Vaccination in Bombay 1889-1901 - 1889-1901
Year: 1889
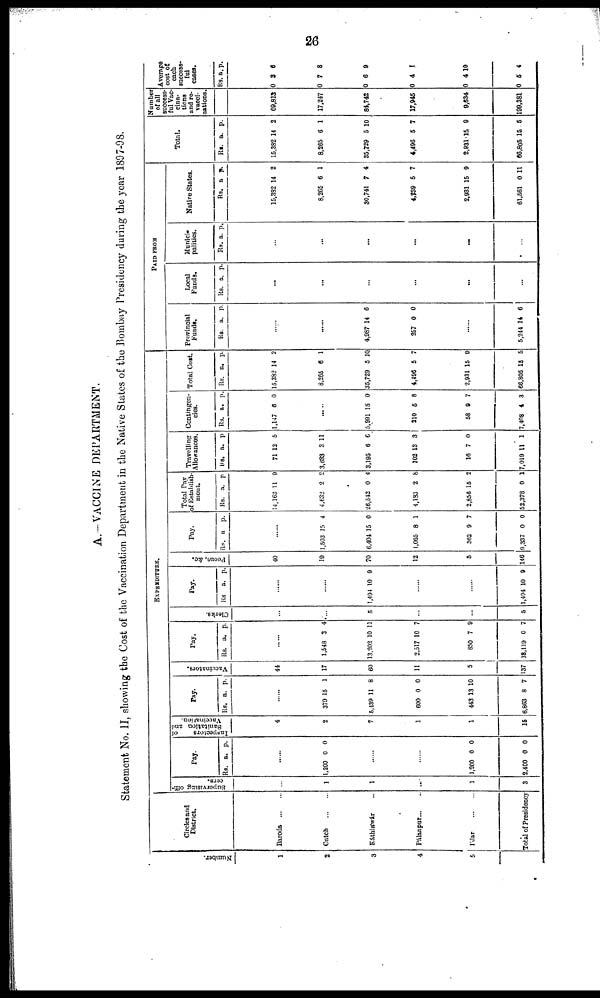
26
A.—VACCINE DEPARTMENT.
Statement No. II, showing the Cost of the Vaccination Department in the Native States of the Bombay Presidency during the year 1897-98.
Number.
1
2
3
4
5
Circles and
District.
Baroda
...
...
Cutch
...
...
Káthiáwár ...
Pálanpur...
...
I'dar
...
...
Total of Presidency
EXPENDITURE.
Supervising offi-
cers.
...
1
1
...
1
3
Pay.
Rs. a. p.
......
1,200 0 0
......
......
1,200
2,400
0
0
0
0
Inspectors
of
Sanitation and
Vaccination.
4
2
7
1
1
15
Pay.
Rs. a. p.
......
379
5,439
600
443
6,863
15
11
0
13
8
1
8
0
10
7
Vaccinators.
44
17
60
11
5
137
Pay.
Rs. a. p.
......
1,548
13,202
2,517
850
18,119
3
10
10
7
0
4
11
7
9
7
Clerks.
...
...
5
...
...
5
Pay.
Rs. a. p.
......
......
1,494 10 9
......
......
1,494 10 9
Peons, &c.
40
19
70
12
5
146
Pay.
Rs. a. p.
......
1,503
6,404
1,065
362
9,337
15
15
8
9
0
4
0
1
7
0
Total Pay
of Establish-
ment.
Rs.
14,163
4,632
26,542
4,183
2,856
52,378
a.
11
2
0
2
15
0
p.
9
2
4
8
2
1
Travelling
Allowances.
Rs.
71
3,633
3,195
102
16
7,019
a.
12
3
6
13
7
11
p.
5
11
6
3
0
1
Contingen-
cies.
Rs.
1,147
a.
6
p.
0
......
6,991
210
58
7,408
15
5
9
4
0
8
7
3
Total Cost.
Rs.
15,382
8,265
35,729
4,496
2,931
66,805
a.
14
6
5
5
15
15
p.
2
1
10
7
9
5
PAID FROM
Provincial
Funds.
Rs. a. p.
......
......
4,987
257
14
0
6
0
......
5,244 14 6
Local
Funds.
Rs. a. p.
...
...
...
...
...
...
Munici-
palities.
Rs. a. p.
...
...
...
...
...
...
Native States.
Rs.
15,382
8,265
30,741
4,239
2,931
61,561
a
14
6
7
5
15
0
p.
2
1
4
7
9
11
Total.
Rs.
15,382
8,265
35,729
4,496
2,931
66,805
a.
14
6
5
5
15
15
p.
2
1
10
7
9
5
Number
of all
success-
ful Vac
cina¬
tions
and re¬
vacci-
nations.
69,813
17,247
84,742
17,945
9,634
199,381
Average
cost of
each
success-
ful
cases.
Rs.
0
0
0
0
0
0
a.
3
7
6
4
4
5
p.
6
8
9
1
10
4